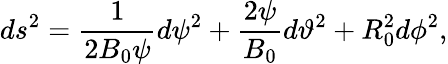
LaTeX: ds^{2}=\frac{1}{2B_{0}\psi}d\psi^{2}+\frac{2\psi}{B_{0}}d\vartheta^{2}+R_{0}^{2}d\phi^{2},